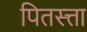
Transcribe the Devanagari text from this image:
पितस्त्ता